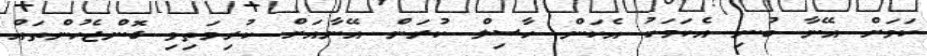
ކަމަށް އޭނާ ބުނި އެކަމަކު އެކަން ހާސިލް ކުރަން އޭނާއަށް ކުރިމަތިވި ގޮންޖެހުންތައް